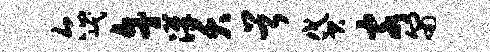
尔岷午汉夭首贷客匍